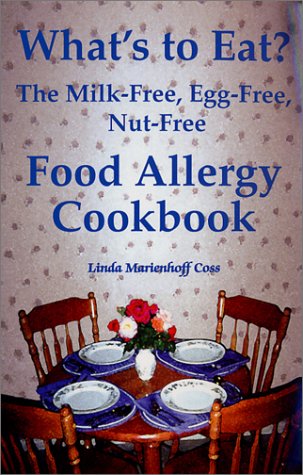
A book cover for What's to Eat? The Milk-Free, Egg-Free, Nut-Free Food Allergy Cookbook; Linda Marienhoff Coss; Cookbooks, Food & Wine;